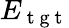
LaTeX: E_{\mathrm{~t~g~t~}}